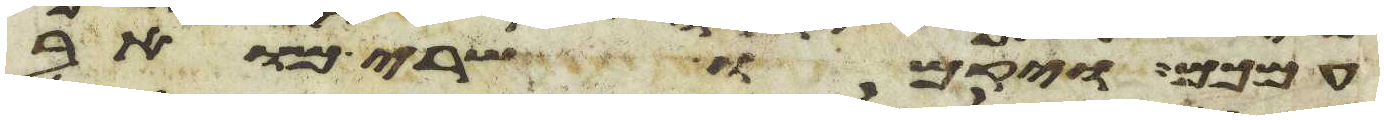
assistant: עמכם ויקמו שרי מואב